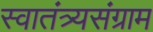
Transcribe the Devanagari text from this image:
स्वातंत्र्यसंग्राम